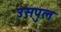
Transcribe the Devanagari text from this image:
उसपुल